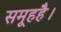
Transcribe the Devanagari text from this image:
समूहहै।